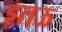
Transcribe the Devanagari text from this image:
इतऊ